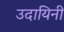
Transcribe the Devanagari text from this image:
उदायिनी